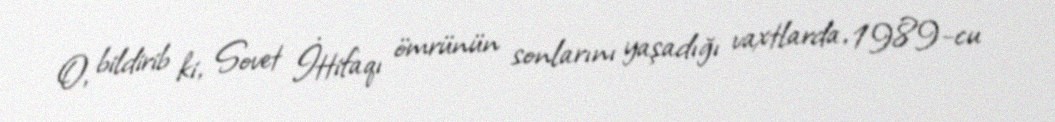
O, bildirib ki, Sovet İttifaqı ömrünün sonlarını yaşadığı vaxtlarda, 1989-cu